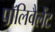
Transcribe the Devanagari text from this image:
पॉलिवैलेंट